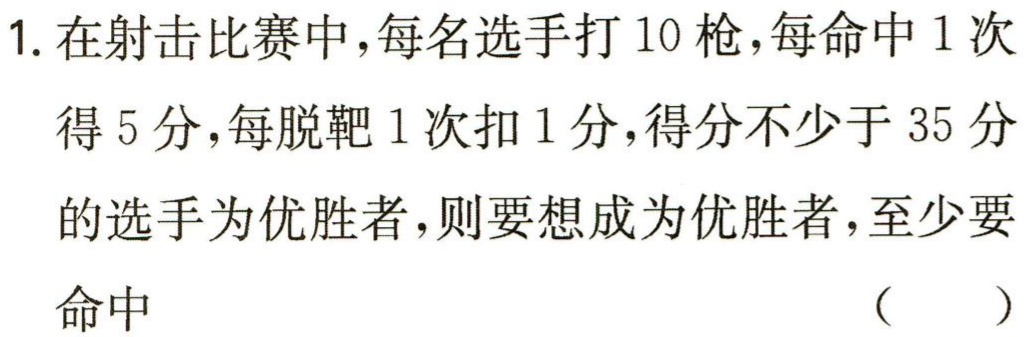
1. 在射击比赛中，每名选手打 10 枪，每命中 1 次得 5 分，每脱靶 1 次扣 1 分，得分不少于 35 分的选手为优胜者，则要想成为优胜者，至少要命中 （  ）